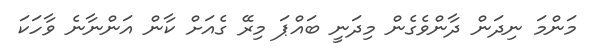
މަންމަ ނިދަން ދާންވެގެން މިދަނީ ބައްޕަ މިރޭ ގެއަށް ކާން އަންނާނެ ވާހަކަ